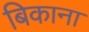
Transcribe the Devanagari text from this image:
बिकाना